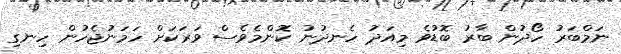
ނަމްބަރު ހޯދުން ބާރު ބޮޑުވެ މިއަދު ހެނދުނު ކޮންމެވެސް ވަރަކަށް ހަމަނުޖެހުން ހިނގި